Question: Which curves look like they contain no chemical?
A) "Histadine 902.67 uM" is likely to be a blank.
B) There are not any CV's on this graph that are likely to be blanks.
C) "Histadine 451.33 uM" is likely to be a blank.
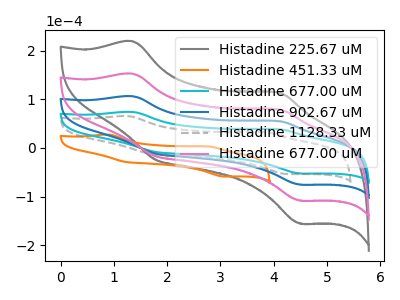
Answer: <think>The gray curve "Histadine 225.67 uM" has anodic peaks at (1.35V, 319.30uA) (4.10V, 165.30uA) and cathodic peaks at (1.80V, -35.20uA) (4.50V, -226.55uA). The orange curve "Histadine 451.33 uM" has anodic peaks at (0.90V, 27.30uA) (2.80V, 3.05uA) and cathodic peaks at (1.20V, -28.50uA) (3.05V, -58.65uA). The cyan curve "Histadine 677.00 uM" has anodic peaks at (1.35V, 74.10uA) (4.10V, 38.35uA) and cathodic peaks at (1.80V, -8.15uA) (4.50V, -52.60uA). The blue curve "Histadine 902.67 uM" has anodic peaks at (1.35V, 106.45uA) (4.10V, 55.10uA) and cathodic peaks at (1.80V, -11.75uA) (4.50V, -75.50uA). The gray dashed curve "Histadine 1128.33 uM" has anodic peaks at (1.25V, 65.50uA) (3.85V, 31.90uA) and cathodic peaks at (1.70V, -11.90uA) (4.25V, -53.70uA). The pink curve "Histadine 677.00 uM" has anodic peaks at (1.35V, 212.85uA) (4.10V, 110.20uA) and cathodic peaks at (1.80V, -23.45uA) (4.50V, -151.00uA).</think>
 <answer>B) There are not any CV's on this graph that are likely to be blanks.</answer>
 <eval>B</eval>